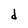
Character: d